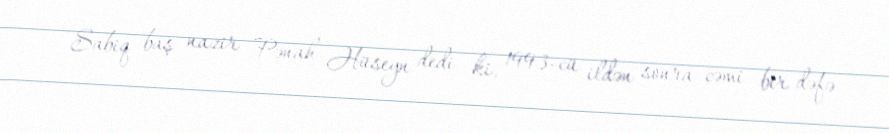
Sabiq baş nazir Pənah Hüseyn dedi ki, 1993-cü ildən sonra cəmi bir dəfə